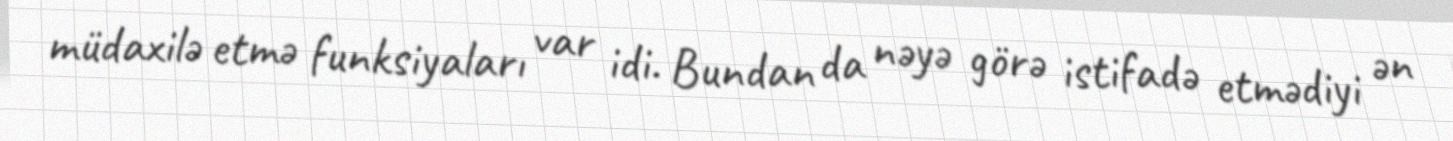
müdaxilə etmə funksiyaları var idi. Bundan da nəyə görə istifadə etmədiyi ən